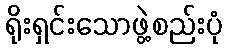
ရိုးရှင်းသောဖွဲ့စည်းပုံ